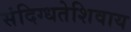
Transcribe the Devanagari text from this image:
संदिग्धतेशिवाय